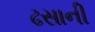
ઢસાની